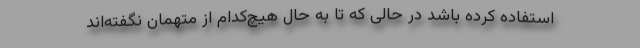
استفاده کرده باشد در حالی که تا به حال هیچ‌کدام از متهمان نگفته‌اند